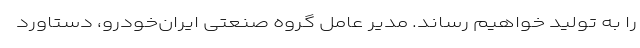
را به تولید خواهیم رساند. مدیر عامل گروه صنعتی ایران‌خودرو، دستاورد